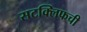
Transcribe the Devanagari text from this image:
सटक्लिफची